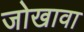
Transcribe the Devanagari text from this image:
जोखावा